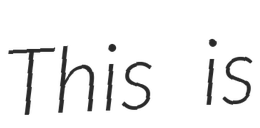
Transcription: This is